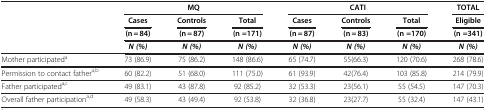
<table><thead><tr><td><b> </b></td><td colspan="3"><b>MQ</b></td><td colspan="3"><b>CATI</b></td><td><b>TOTAL</b></td></tr><tr><td rowspan="2"><b> </b></td><td><b>Cases</b></td><td><b>Controls</b></td><td><b>Total</b></td><td><b>Cases</b></td><td><b>Controls</b></td><td><b>Total</b></td><td><b>Eligible</b></td></tr><tr><td><b>(n = 84)</b></td><td><b>(n = 87)</b></td><td><b>(n =171)</b></td><td><b>(n = 87)</b></td><td><b>(n = 83)</b></td><td><b>(n =170)</b></td><td><b>(n =341)</b></td></tr></thead><tbody><tr><td> </td><td><b> <i>N (%)</i> </b></td><td><b> <i>N (%)</i> </b></td><td><b> <i>N (%)</i> </b></td><td><b> <i>N (%)</i> </b></td><td><b> <i>N (%)</i> </b></td><td><b> <i>N (%)</i> </b></td><td><b> <i>N (%)</i> </b></td></tr><tr><td>Mother participated<sup>a</sup></td><td>73 (86.9)</td><td>75 (86.2)</td><td>148 (86.6)</td><td>65 (74.7)</td><td>55(66.3)</td><td>120 (70.6)</td><td>268 (78.6)</td></tr><tr><td>Permission to contact father<sup>a,b</sup></td><td>60 (82.2)</td><td>51 (68.0)</td><td>111 (75.0)</td><td>61 (93.9)</td><td>42(76.4)</td><td>103 (85.8)</td><td>214 (79.9)</td></tr><tr><td>Father participated<sup>a,c</sup></td><td>49 (83.1)</td><td>43 (87.8)</td><td>92 (85.2)</td><td>32 (53.3)</td><td>23(56.1)</td><td>55 (54.5)</td><td>147 (70.3)</td></tr><tr><td>Overall father participation<sup>a,d</sup></td><td>49 (58.3)</td><td>43 (49.4)</td><td>92 (53.8)</td><td>32 (36.8)</td><td>23(27.7)</td><td>55 (32.4)</td><td>147 (43.1)</td></tr></tbody></table>